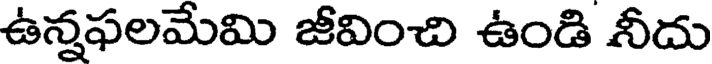
ఉన్నఫలమేమి జీవించి ఉండి నీదు